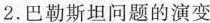
2.巴勒斯坦问题的演变